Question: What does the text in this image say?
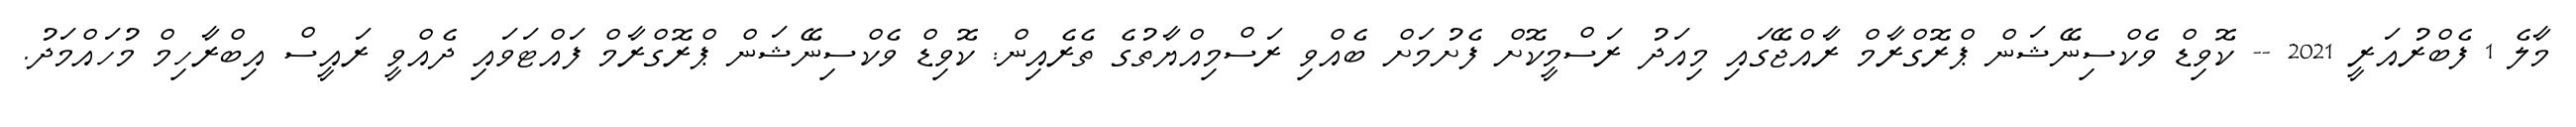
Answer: މާލެ 1 ފެބްރުއަރީ 2021 -- ކޮވިޑް ވެކްސިނޭޝަން ޕްރޮގްރާމް ރާއްޖޭގައި މިއަދު ރަސްމީކޮށް ފެށުމަށް ބެއްވި ރަސްމިއްޔާތުގެ ތެރެއިން: ކޮވިޑް ވެކްސިނޭޝަން ޕްރޮގްރާމް ފައްޓަވައި ދެއްވީ ރައީސް އިބްރާހިމް މުހައްމަދު.